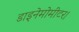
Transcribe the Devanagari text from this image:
डाइनेमोमीटर।